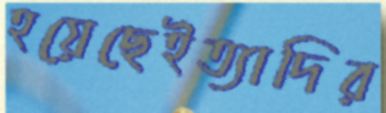
হয়েছেইত্যাদির